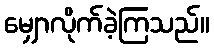
မျှောလိုက်ခဲ့ကြသည်။